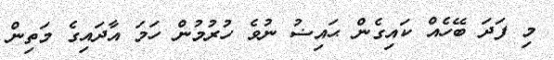
މި ފަދަ ބޭހެއް ކައިގެން ޙައިޟު ނުވެ ހުރުމުން ހަމަ އާދައިގެ މަތިން